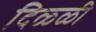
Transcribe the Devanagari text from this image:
दिळ्ळी